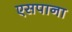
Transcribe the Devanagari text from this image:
एसपाना